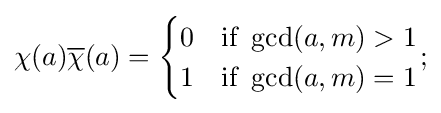
\chi (a){\overline {\chi }}(a)={\begin{cases}0&{\text{if }}\gcd(a,m)>1\\1&{\text{if }}\gcd(a,m)=1\end{cases}};